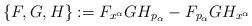
LaTeX: \begin{align*}\{F,G,H\}:=F_{x^\alpha}GH_{p_\alpha}-F_{p_\alpha}GH_{x^\alpha}\end{align*}